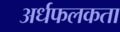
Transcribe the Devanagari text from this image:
अर्धफलकता